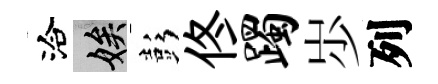
洽娭彭佟躅𡵯列